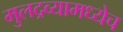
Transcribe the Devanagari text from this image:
मुलद्रव्यामध्येच